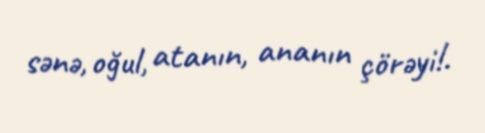
sənə, oğul, atanın, ananın çörəyi!.